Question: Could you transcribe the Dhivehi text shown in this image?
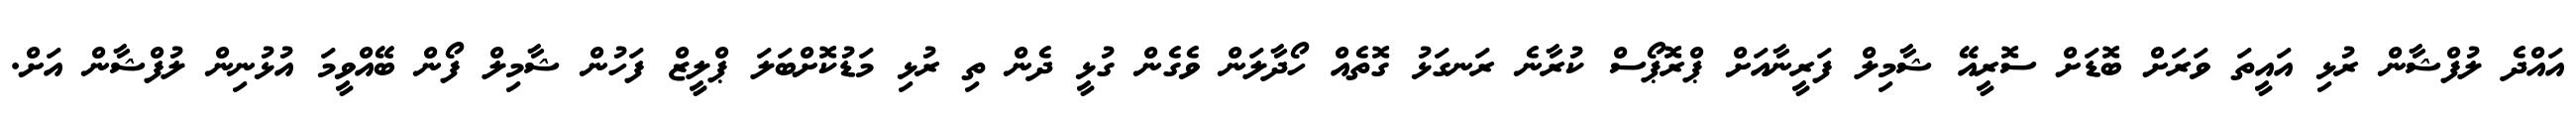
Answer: އައްދެ ލުފްޝާން ރުޅި އައީތަ ވަރަށް ބޮޑަށް ސޮރީއޭ ޝާމިލް ފަރީނާއަށް ޕްރޮޕޯސް ކުރާނެ ރަނގަޅު ގޮތެއް ހޯދާލަން ވެގެން ގުޅީ ދެން ތި ރުޅި މަޑުކޮށްބަލަ ޕްލީޒް ފަހުން ޝާމިލް ފޯން ބޭއްވީމަ އުޅުނިން ލުފްޝާން އަށް.